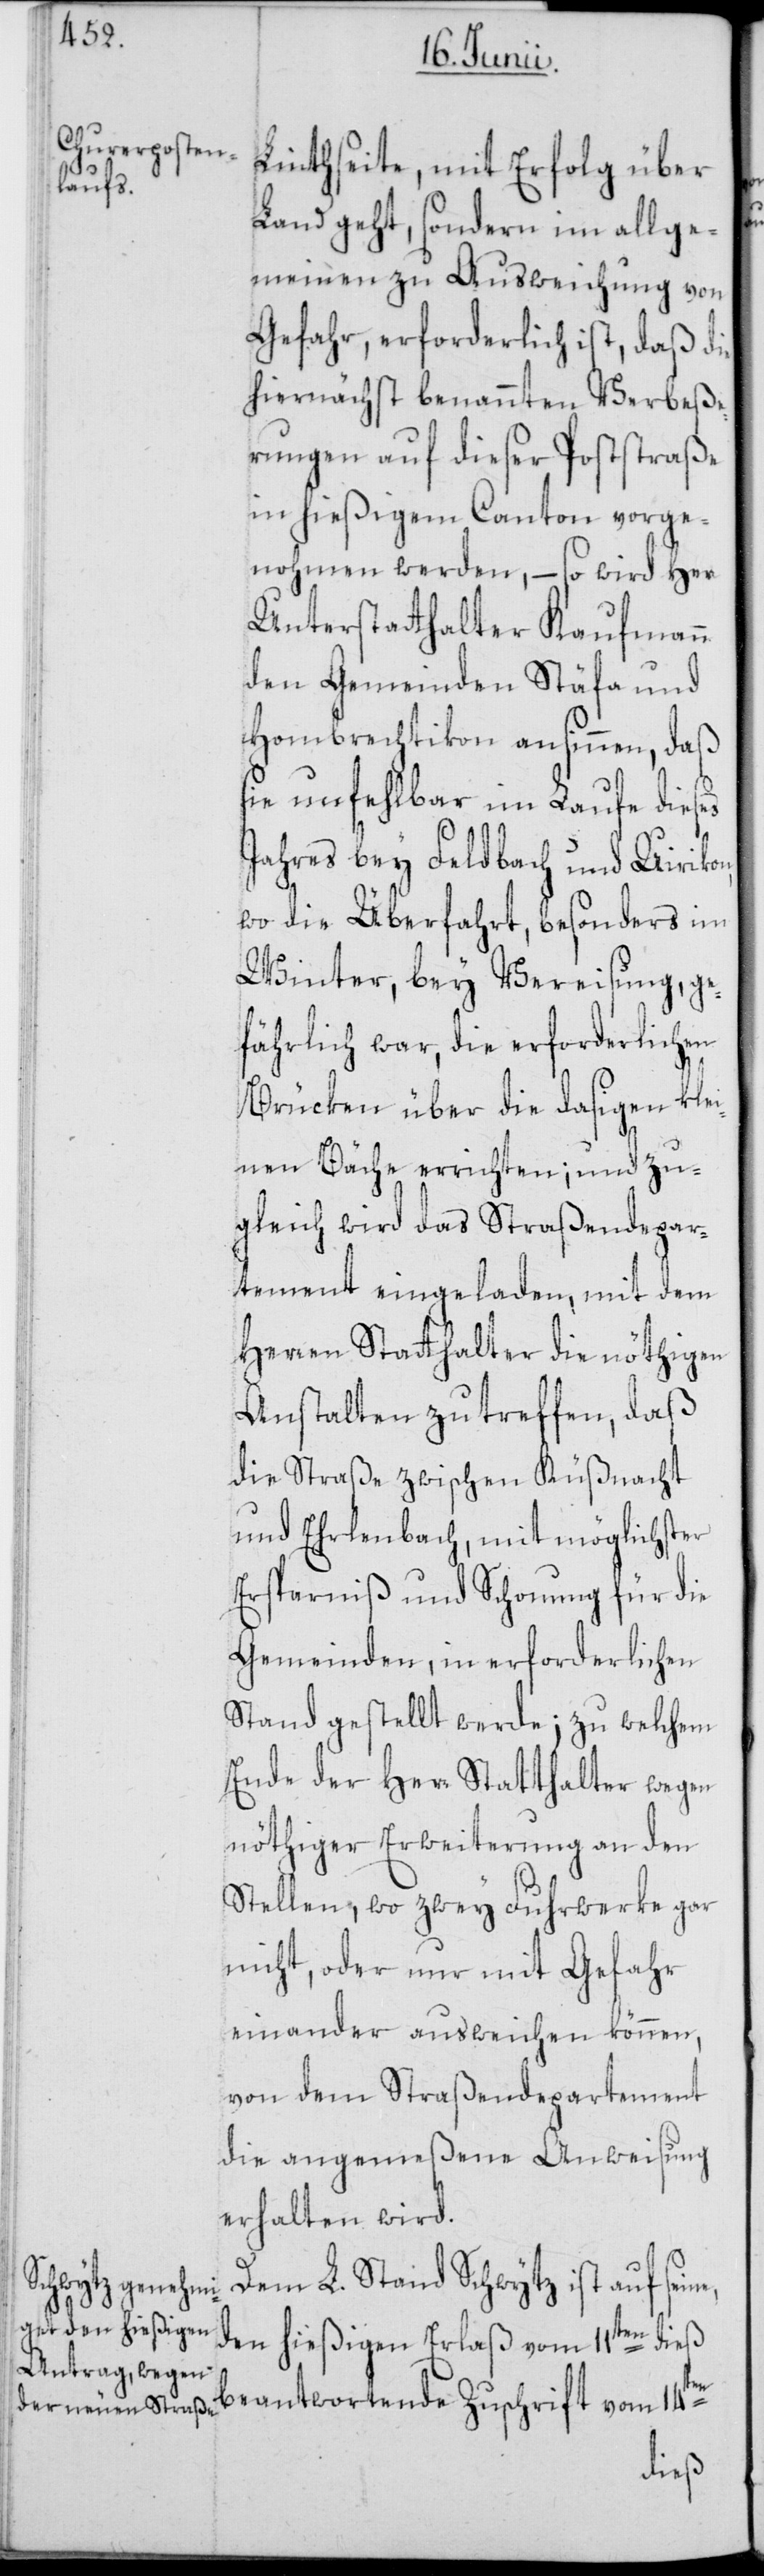
e,

Linthseite, mit Erfolg über
Land geht, sondern im allge¬
meinen zu Ausweichung von
Gefahr, erforderlich ist, daß die
hiernächst benannten Verbeße¬
rungen auf dieser Poststraße
in hießigem Canton vorge¬
nohmen werden, – so wird Herr
Unterstatthalter Kaufmann
den Gemeinden Stäfa und
Hombrechtikon ansinnen, daß
sie unfehlbar im Laufe dieses
Jahres bey Feldbach und Uirikon,
wo die Überfahrt, besonders im
Winter, bey Vereisung, ge¬
fährlich war, die erforderlichen
Brücken über die dasigen klei¬
nen Bäche errichten; und zu¬
gleich, wird das Straßendepar¬
tement eingeladen, mit dem
Herren Statthalter die nöthigen
Anstalten zu treffen, daß
die Straße zwischen Küßnacht
und Ehrlenbach, mit möglichster
Ersparniß und Schonung für die
Gemeinden, in erforderlichen
Stand gestellt werde; zu welchem
Ende der Herr Statthalter wegen
nöthiger Erweiterung an den
Stellen, wo zwey Fuhrwerke gar
nicht, oder nur mit Gefahr
einander ausweichen können,
von dem Straßendepartement
die angemeßene Anweisung
erhalten wird.
Dem L. Stand Schwytz ist auf sein¬
den hießigen Erlaß vom 11ten dieß
beantwortende Zuschrift vom 14ten